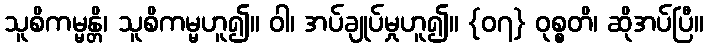
သူစိကမ္မန္တိ၊ သူစိကမ္မဟူ၍။ ဝါ၊ အပ်ချုပ်မှုဟူ၍။ {၀၇} ဝုစ္စတိ၊ ဆိုအပ်ပြီ။